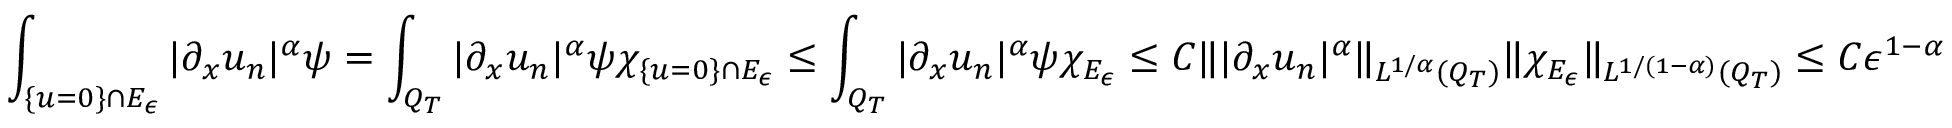
\int _ { \{ u = 0 \} \cap E _ { \epsilon } } | \partial _ { x } u _ { n } | ^ { \alpha } \psi = \int _ { Q _ { T } } | \partial _ { x } u _ { n } | ^ { \alpha } \psi \chi _ { \{ u = 0 \} \cap E _ { \epsilon } } \leq \int _ { Q _ { T } } | \partial _ { x } u _ { n } | ^ { \alpha } \psi \chi _ { E _ { \epsilon } } \leq C \lVert | \partial _ { x } u _ { n } | ^ { \alpha } \rVert _ { L ^ { 1 / \alpha } ( Q _ { T } ) } \lVert \chi _ { E _ { \epsilon } } \rVert _ { L ^ { 1 / ( 1 - \alpha ) } ( Q _ { T } ) } \leq C \epsilon ^ { 1 - \alpha }